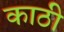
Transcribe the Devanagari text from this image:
काठी